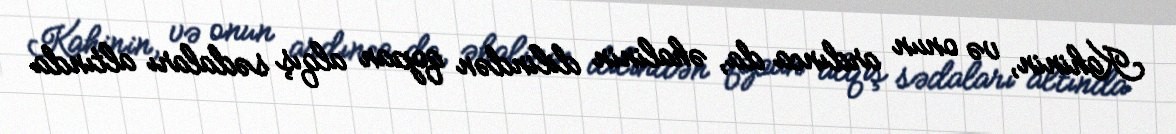
Kahinin, və onun ardınca da, əhalinin dilindən qopan alqış sədaları altında